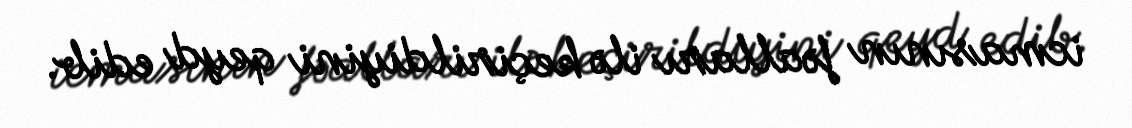
icmasının fəalları ilə keçirildiyini qeyd edib.